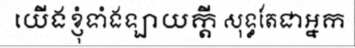
យើងខ្ញុំទាំងឡាយក្តី សុទ្ធតែជាអ្នក